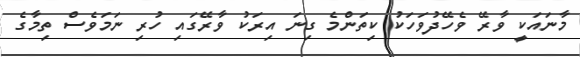
މާނައަކީ ވާރޭ ވެހޭދުވަހަކު ކިތަންމެ ގިނަ އިރަކު ވާރޭގައި ހުރި ނަމަވެސް ތިމާގެ